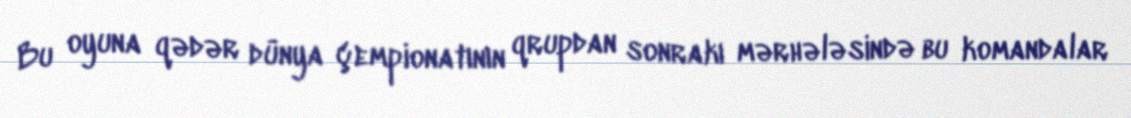
Bu oyuna qədər dünya çempionatının qrupdan sonrakı mərhələsində bu komandalar